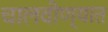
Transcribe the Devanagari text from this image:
चालवीण्यात